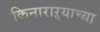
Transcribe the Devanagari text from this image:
किनाराऱ्याच्या